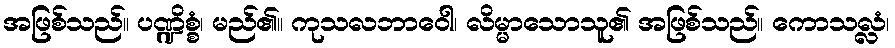
အဖြစ်သည်။ ပဏ္ဍိစ္စံ၊ မည်၏။ ကုသလဘာဝေါ၊ လိမ္မာသောသူ၏ အဖြစ်သည်။ ကောသလ္လံ၊